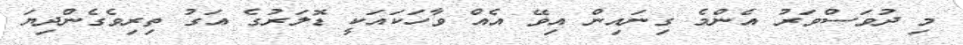
މި ދުވަސްވަރު އެންމެ ގިނައިން އިވޭ އެއް ވާހަކައަކީ ޑޮލަރުގެ އަގު ތިރިވެގެންދިޔަ